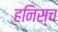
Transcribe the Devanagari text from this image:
हनिस्च